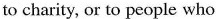
to charity, or to people who